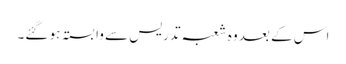
اس کے بعد وہ شعبہ تدریس سے وابستہ ہو گئے۔